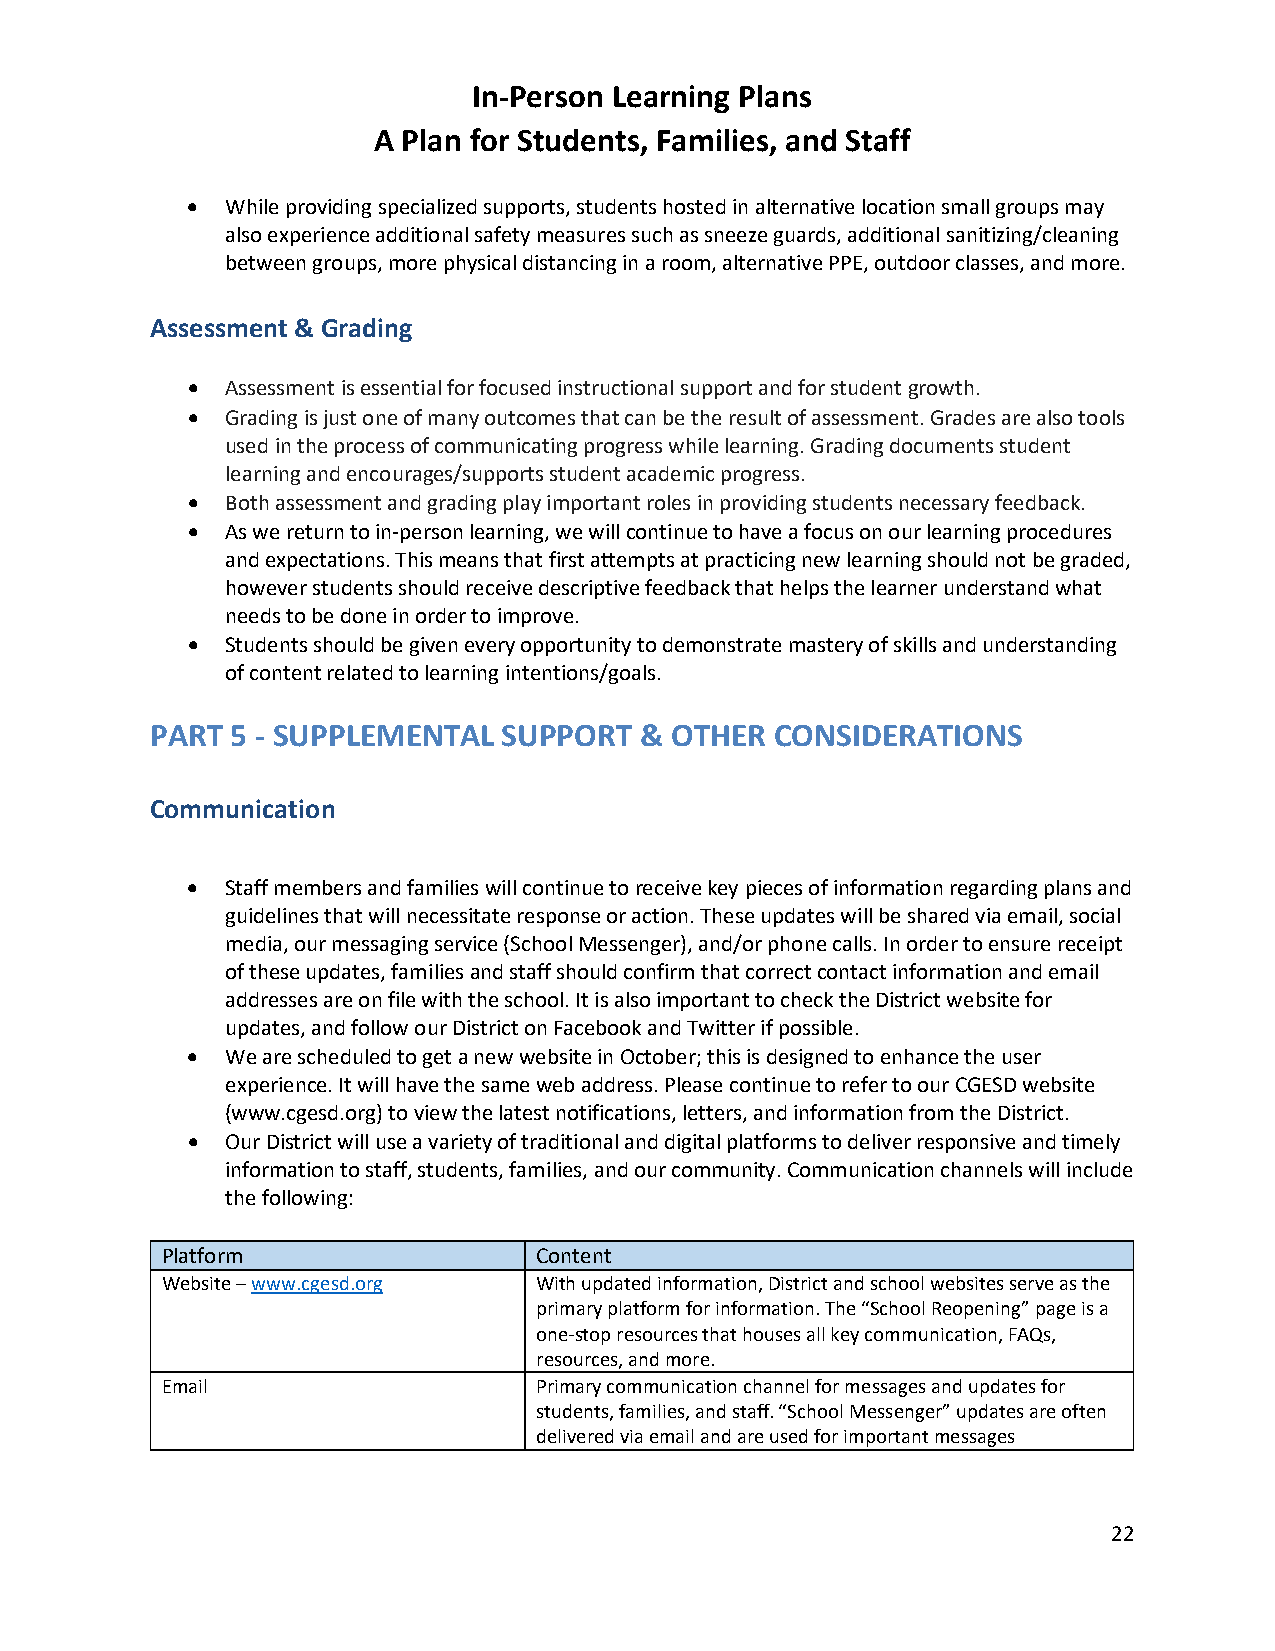
In-Person Learning Plans
 A Plan for Students, Families, and Staff
 •  While providing specialized supports, students hosted in alternative location small groups may
 also experience additional safety measures such as sneeze guards, additional sanitizing/cleaning
 between groups, more physical distancing in a room, alternative PPE, outdoor classes, and more.
 Assessment & Grading
 •  Assessment is essential for focused instructional support and for student growth.
 •  Grading is just one of many outcomes that can be the result of assessment. Grades are also tools
 used in the process of communicating progress while learning. Grading documents student
 learning and encourages/supports student academic progress.
 •  Both assessment and grading play important roles in providing students necessary feedback.
 •  As we return to in-person learning, we will continue to have a focus on our learning procedures
 and expectations. This means that first attempts at practicing new learning should not be graded,
 however students should receive descriptive feedback that helps the learner understand what
 needs to be done in order to improve.
 •  Students should be given every opportunity to demonstrate mastery of skills and understanding
 of content related to learning intentions/goals.
 PART 5 - SUPPLEMENTAL  SUPPORT  & OTHER  CONSIDERATIONS
 Communication
 •  Staff members and families will continue to receive key pieces of information regarding plans and
 guidelines that will necessitate response or action. These updates will be shared via email, social
 media, our messaging service (School Messenger), and/or phone calls. In order to ensure receipt
 of these updates, families and staff should confirm that correct contact information and email
 addresses are on file with the school. It is also important to check the District website for
 updates, and follow our District on Facebook and Twitter if possible.
 •  We are scheduled to get a new website in October; this is designed to enhance the user
 experience. It will have the same web address. Please continue to refer to our CGESD website
 (www.cgesd.org) to view the latest notifications, letters, and information from the District.
 •  Our District will use a variety of traditional and digital platforms to deliver responsive and timely
 information to staff, students, families, and our community. Communication channels will include
 the following:
 Platform                 Content
 Website – www.cgesd.org  With updated information, District and school websites serve as the
 primary platform for information. The “School Reopening” page is a
 one-stop resources that houses all key communication, FAQs,
 resources, and more.
 Email                    Primary communication channel for messages and updates for
 students, families, and staff. “School Messenger” updates are often
 delivered via email and are used for important messages
 22